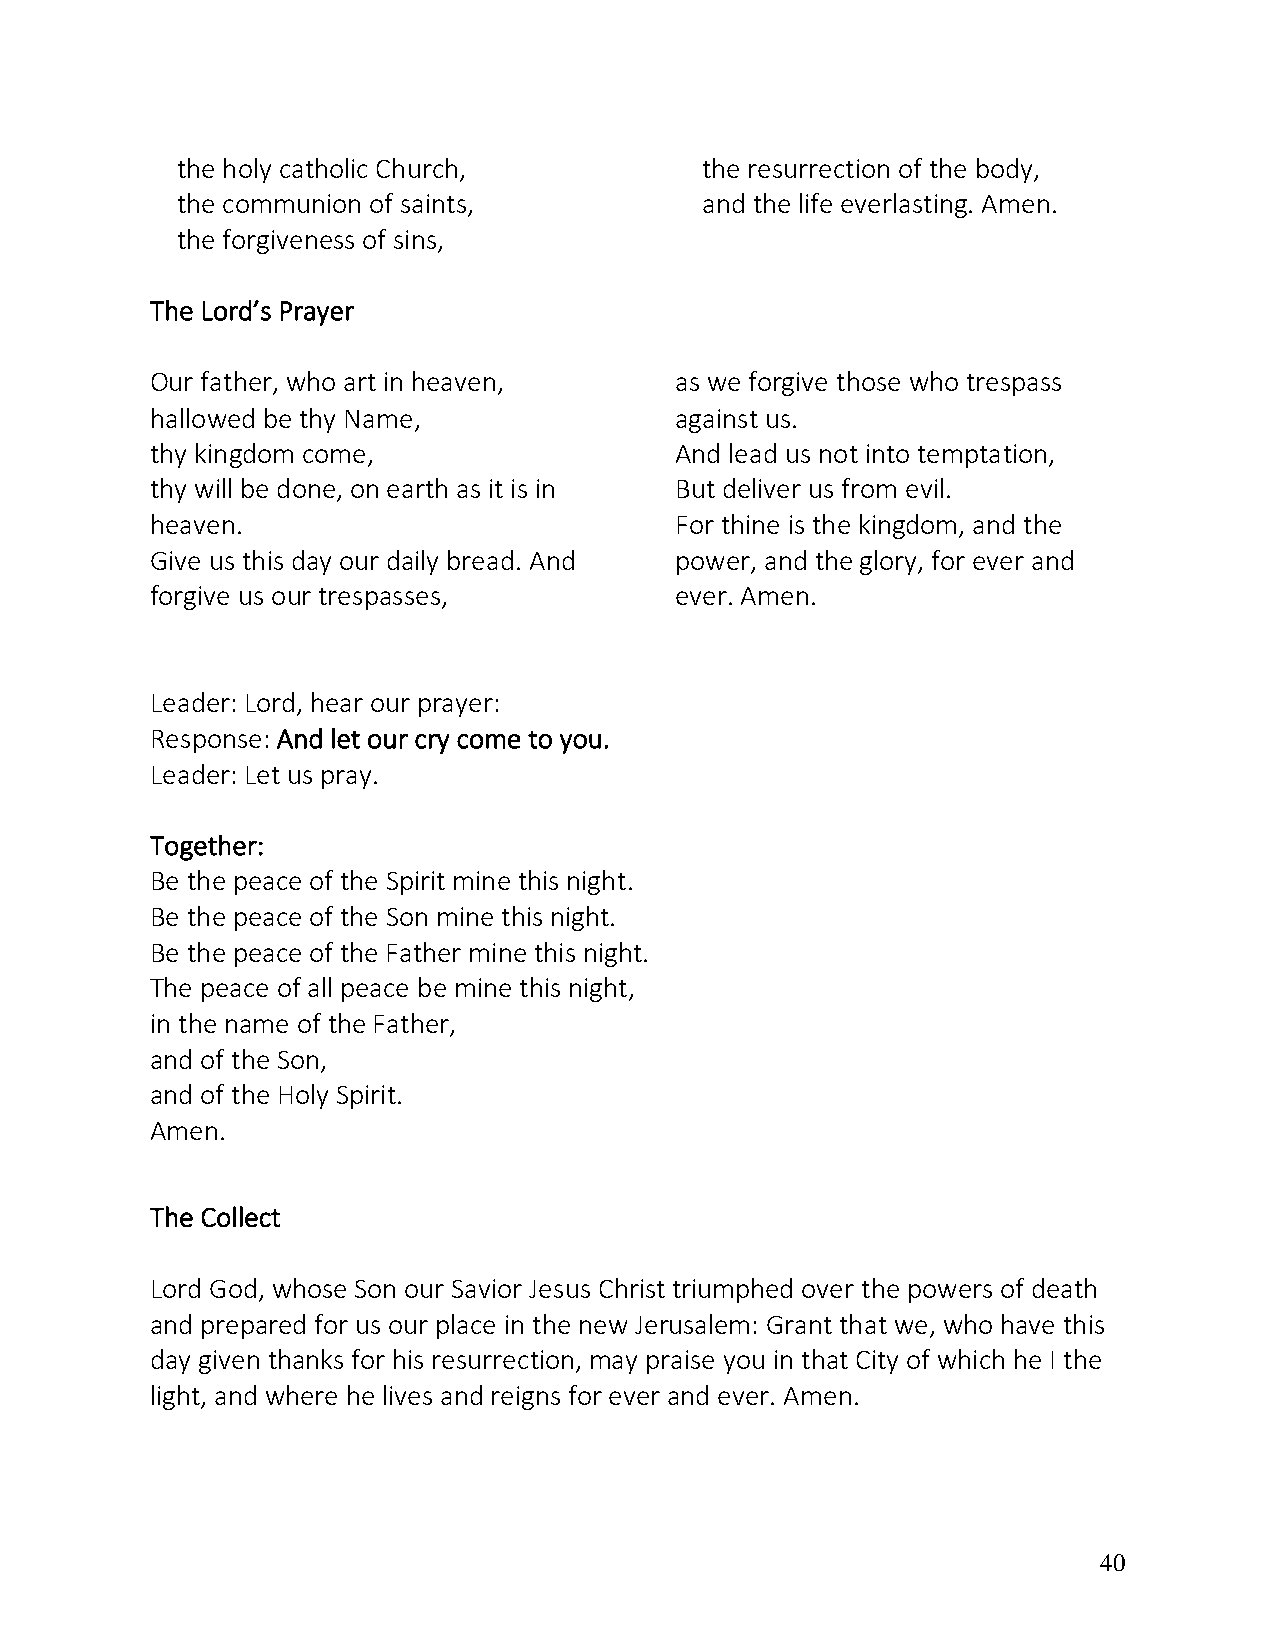
the holy catholic Church,          the resurrection of the body,
 the communion of saints,           and the life everlasting. Amen.
 the forgiveness of sins,
 The Lord’s Prayer
 Our father, who art in heaven,     as we forgive those who trespass
 hallowed be thy Name,              against us.
 thy kingdom come,                  And lead us not into temptation,
 thy will be done, on earth as it is in But deliver us from evil.
 heaven.                            For thine is the kingdom, and the
 Give us this day our daily bread. And power, and the glory, for ever and
 forgive us our trespasses,         ever. Amen.
 Leader: Lord, hear our prayer:
 Response: And let our cry come to you.
 Leader: Let us pray.
 Together:
 Be the peace of the Spirit mine this night.
 Be the peace of the Son mine this night.
 Be the peace of the Father mine this night.
 The peace of all peace be mine this night,
 in the name of the Father,
 and of the Son,
 and of the Holy Spirit.
 Amen.
 The Collect
 Lord God, whose Son our Savior Jesus Christ triumphed over the powers of death
 and prepared for us our place in the new Jerusalem: Grant that we, who have this
 day given thanks for his resurrection, may praise you in that City of which he I the
 light, and where he lives and reigns for ever and ever. Amen.
 40